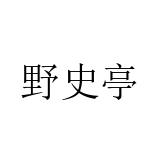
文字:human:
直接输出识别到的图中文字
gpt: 野史亭